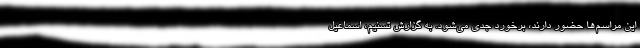
این مراسم‌ها حضور دارند، برخورد جدی می‌شود. به گزارش تسنیم، اسماعیل